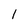
Character: 1